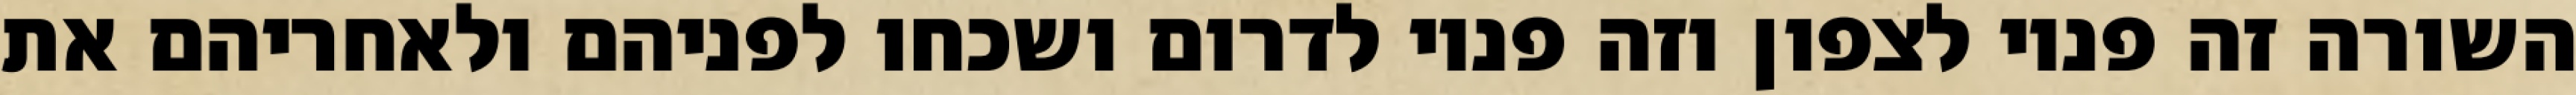
השורה זה פניו לצפון וזה פניו לדרום ושכחו לפניהם ולאחריהם את